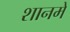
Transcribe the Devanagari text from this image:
शानमे